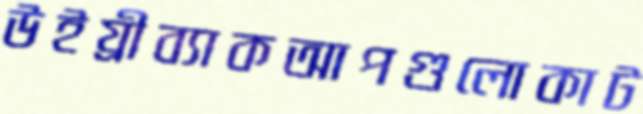
উইয্রীব্যাকআপগুলোকাট